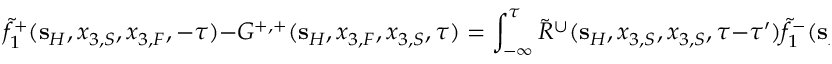
\tilde { f } _ { 1 } ^ { + } ( { \bf s } _ { H } , x _ { 3 , S } , x _ { 3 , F } , - \tau ) - G ^ { + , + } ( { \bf s } _ { H } , x _ { 3 , F } , x _ { 3 , S } , \tau ) = \int _ { - \infty } ^ { \tau } \tilde { R } ^ { \cup } ( { \bf s } _ { H } , x _ { 3 , S } , x _ { 3 , S } , \tau - \tau ^ { \prime } ) \tilde { f } _ { 1 } ^ { - } ( { \bf s } _ { H } , x _ { 3 , S } , x _ { 3 , F } , - \tau ^ { \prime } ) \mathrm { d } \tau ^ { \prime } ,